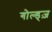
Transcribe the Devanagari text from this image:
गोल्ड्ज़